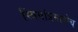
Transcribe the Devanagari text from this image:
स्त्रियांप्रमाणेच